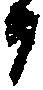
日